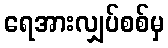
ရေအားလျှပ်စစ်မှ